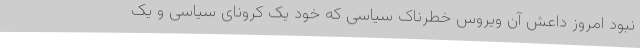
نبود امروز داعش آن ویروس خطرناک سیاسی که خود یک کرونای سیاسی و یک